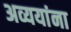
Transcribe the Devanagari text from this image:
अव्ययांना